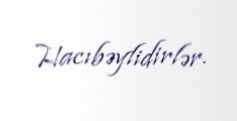
Hacıbəylidirlər.